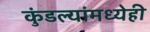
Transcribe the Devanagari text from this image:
कुंडल्यांमध्येही